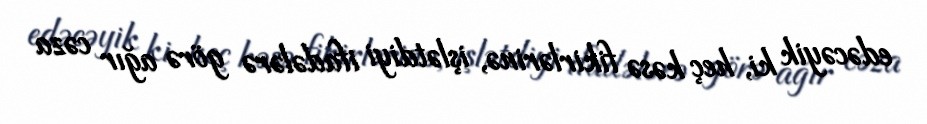
edəcəyik ki, heç kəsə fikirlərinə, işlətdiyi ifadələrə görə ağır cəza